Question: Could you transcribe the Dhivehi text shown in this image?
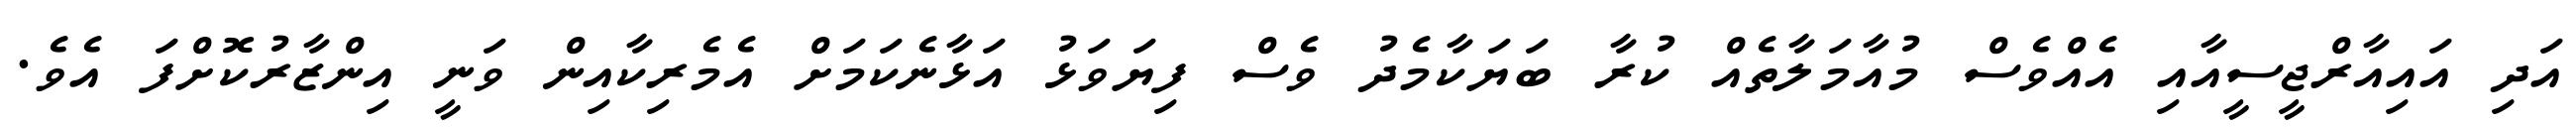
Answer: އަދި އައިއާރްޖީސީއާއި އެއްވެސް މުއާމަލާތެއް ކުރާ ބަޔަކާމެދު ވެސް ފިޔަވަޅު އަޅާނެކަމަށް އެމެރިކާއިން ވަނީ އިންޒާރުކޮށްފަ އެވެ.